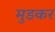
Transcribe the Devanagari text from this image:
मुडकर